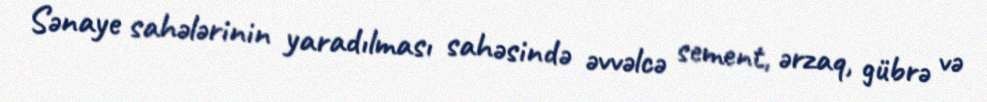
Sənaye sahələrinin yaradılması sahəsində əvvəlcə sement, ərzaq, gübrə və